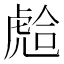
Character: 𧇎